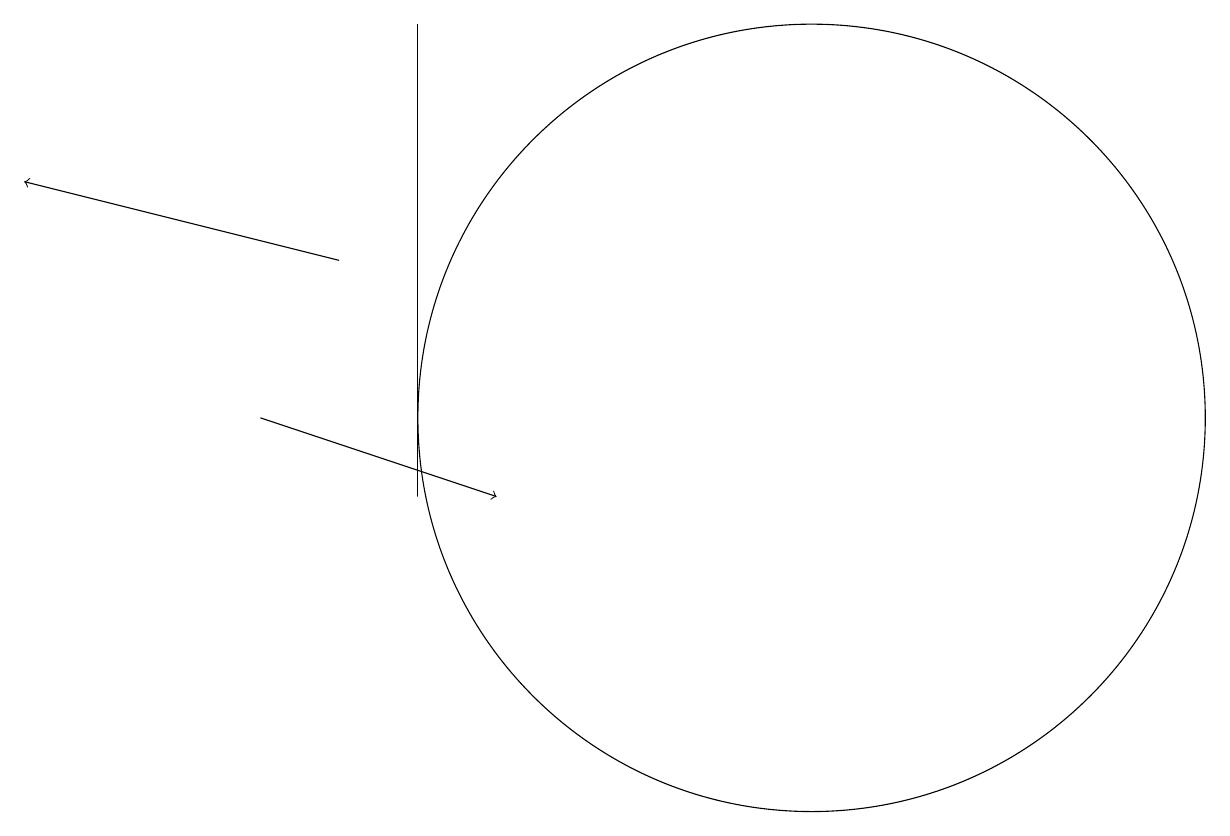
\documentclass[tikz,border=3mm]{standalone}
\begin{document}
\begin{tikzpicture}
\draw[->] (4,14) -- (0,15);
\draw (5,17) rectangle (5,11);
\draw (10,12) circle (5);
\draw[->] (3,12) -- (6,11);
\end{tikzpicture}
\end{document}